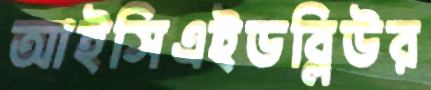
আইসিএইডব্লিউর